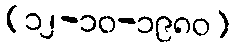
(၁၂-၁၀-၁၉၈၀)